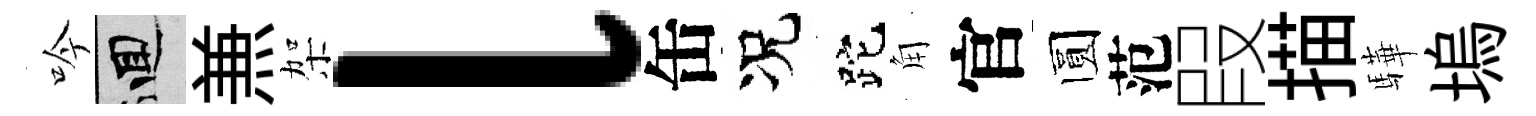
吟回𠔥架l缶况跎角官圆范叚描驊塢